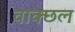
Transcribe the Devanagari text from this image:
वाक्छल